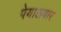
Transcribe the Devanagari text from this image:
पेयालवार